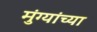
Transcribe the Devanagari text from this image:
मुंग्यांच्या